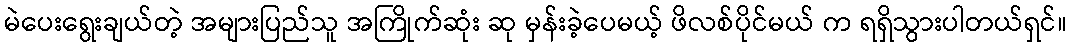
မဲပေးရွေးချယ်တဲ့ အများပြည်သူ အကြိုက်ဆုံး ဆု မှန်းခဲ့ပေမယ့် ဖိလစ်ပိုင်မယ် က ရရှိသွားပါတယ်ရှင်။